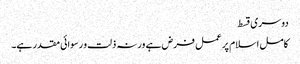
دوسری قسط
کامل اسلام پر عمل فرض ہے ورنہ ذلت و رسوائی مقدر ہے۔